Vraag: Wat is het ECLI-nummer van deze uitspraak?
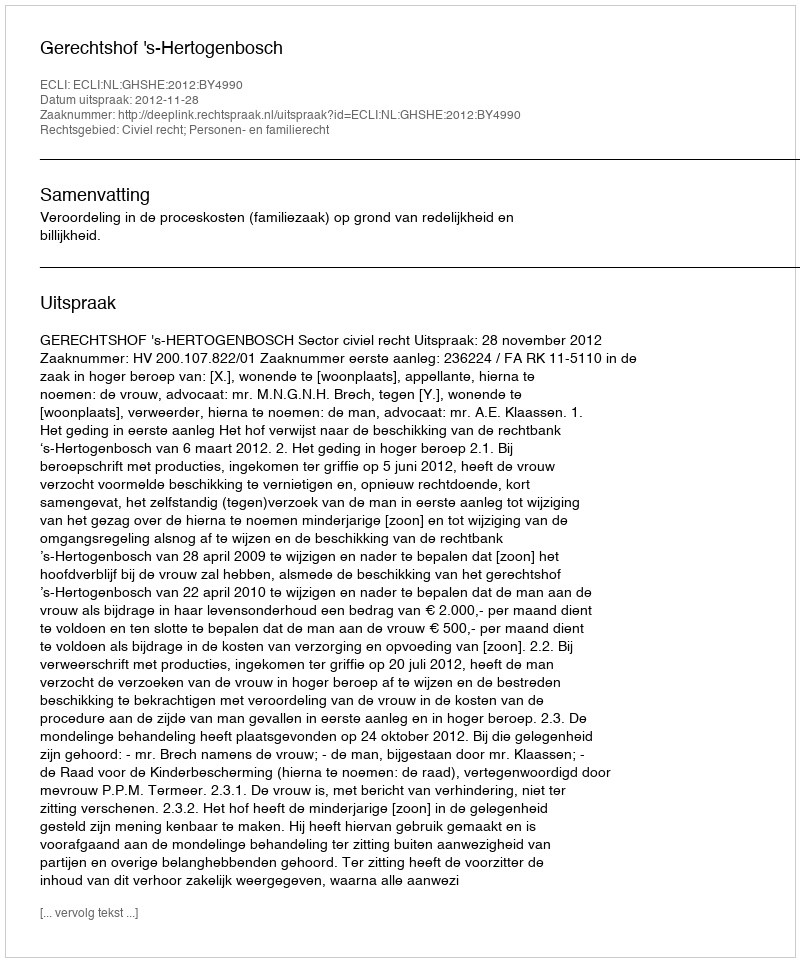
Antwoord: ECLI:NL:GHSHE:2012:BY4990